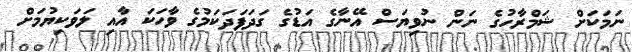
ނަމަކަށް ޝަމްރާހުގެ ނަން ނުވިޔަސް އޭނާގެ އަޑުގެ ގަދަފަދަކަމުގެ ވާހަކަ އާއި ލަވަކިޔުމަށް